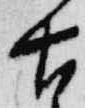
古